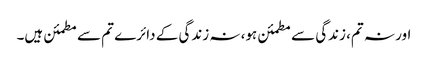
اور نہ تم، زندگی سے مطمئن ہو، نہ زندگی کے دائرے تم سے مطمئن ہیں۔